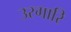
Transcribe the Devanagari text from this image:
उरगारि